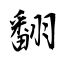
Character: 翻